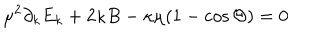
LaTeX: \mu ^ { 2 } \partial _ { k } E _ { k } + 2 \kappa B - \kappa \mu ( 1 - \cos \Theta ) = 0